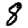
Digit: 8